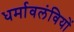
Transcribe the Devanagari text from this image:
धर्मावलंवियों